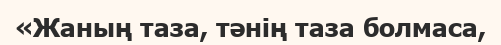
«Жаның таза, тәнің таза болмаса,